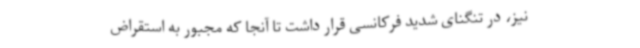
نیز، در تنگنای شدید فرکانسی قرار داشت تا آنجا که مجبور به استقراض